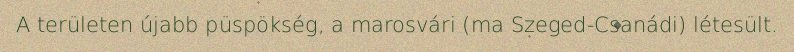
A területen újabb püspökség, a marosvári (ma Szeged-Csanádi) létesült.